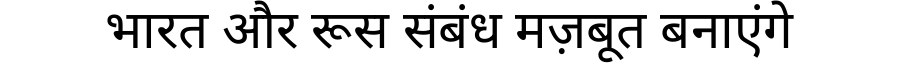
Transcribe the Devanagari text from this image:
भारत और रूस संबंध मज़बूत बनाएंगे